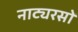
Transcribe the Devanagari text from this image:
नाट्यरसों